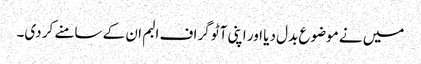
میں نے موضوع بدل دیا اور اپنی آٹو گراف البم ان کے سامنے کر دی۔